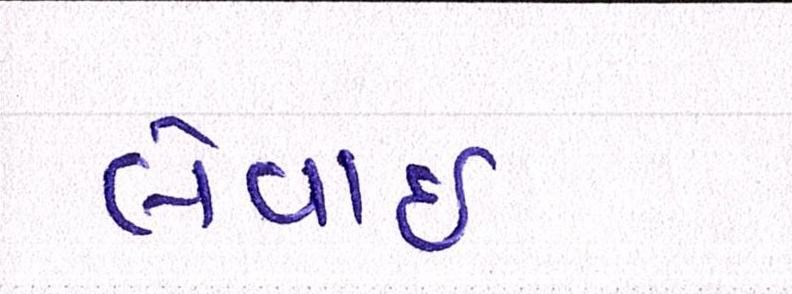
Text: લેવાઇ